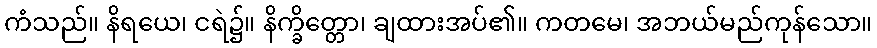
ကံသည်။ နိရယေ၊ ငရဲ၌။ နိက္ခိတ္တော၊ ချထားအပ်၏။ ကတမေ၊ အဘယ်မည်ကုန်သော။